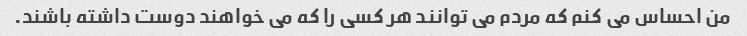
من احساس می کنم که مردم می توانند هر کسی را که می خواهند دوست داشته باشند.